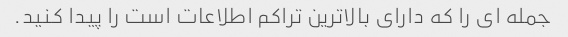
جمله ای را که دارای بالاترین تراکم اطلاعات است را پیدا کنید.